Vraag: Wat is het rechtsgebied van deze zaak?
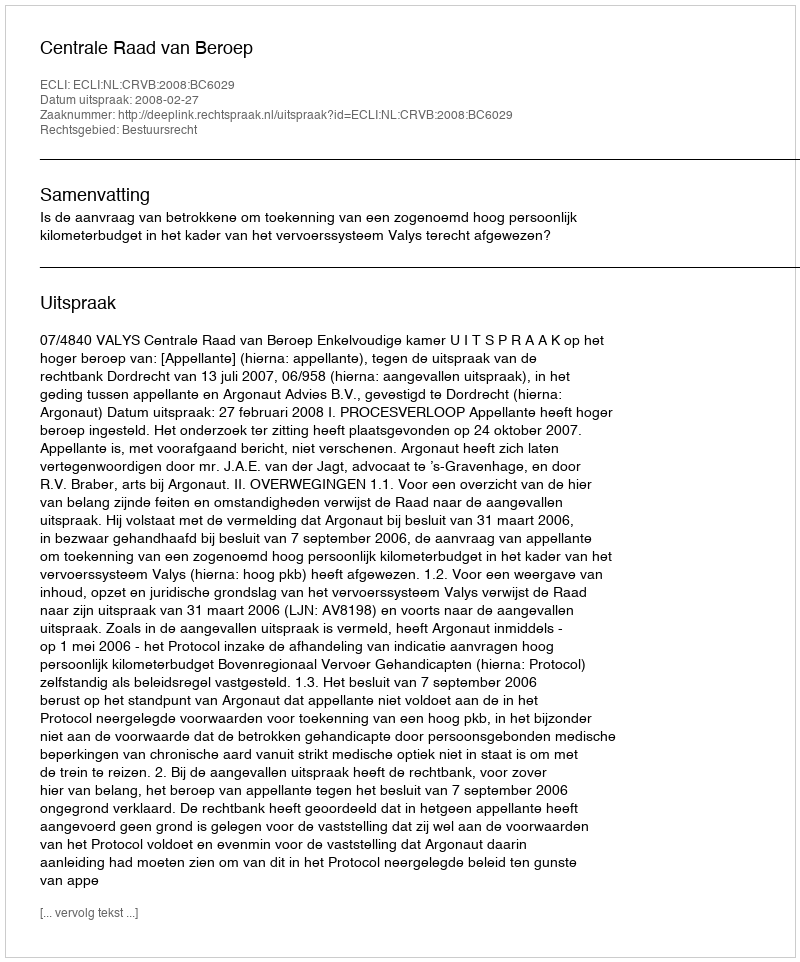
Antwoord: Bestuursrecht